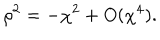
\rho ^ { 2 } = - \chi ^ { 2 } + O ( \chi ^ { 4 } ) .